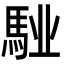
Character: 𩣌